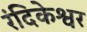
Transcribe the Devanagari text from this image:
रंदिकेश्वर